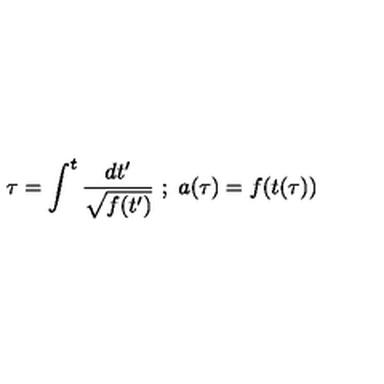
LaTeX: \tau = \int _ { } ^ { t } { \frac { d t ^ { \prime } } { \sqrt { f ( t ^ { \prime } ) } } } \ ; \ a ( \tau ) = f ( t ( \tau ) )